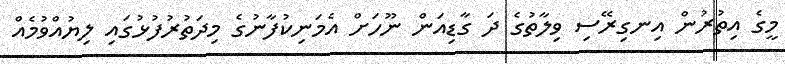
މީގެ އިތުރުން އިނގިރޭސި ވިލާތުގެ ދަ ގާޑިއަން ނޫހަށް އެމަނިކުފާނުގެ މިދަތުރުފުޅުގައި ލިޔުއްވުމެއް